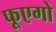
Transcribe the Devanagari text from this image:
फूएगो